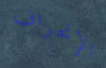
الإنحراف